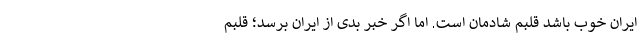
ایران خوب باشد قلبم شادمان است. اما اگر خبر بدی از ایران برسد؛ قلبم